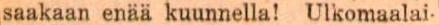
saakaan enää kuunnella! Ulkomaalai-